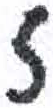
אות: ז